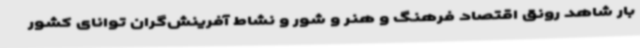
بار شاهد رونق اقتصاد فرهنگ و هنر و شور و نشاط آفرینش‌گران توانای کشور